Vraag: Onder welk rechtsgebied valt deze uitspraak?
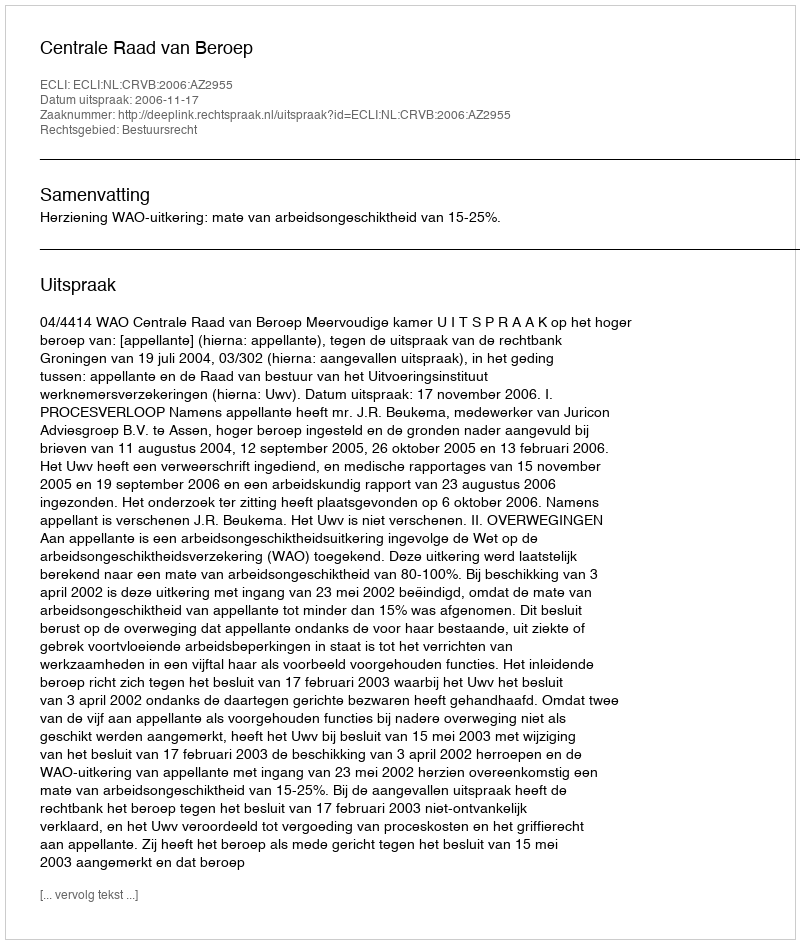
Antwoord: Bestuursrecht